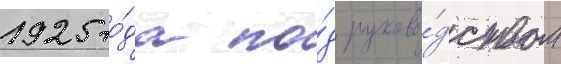
1925 го́да по́д руково́дством